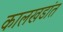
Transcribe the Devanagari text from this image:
कालखडांत